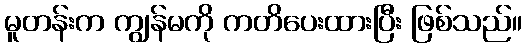
မူတန်းက ကျွန်မကို ကတိပေးထားပြီး ဖြစ်သည်။